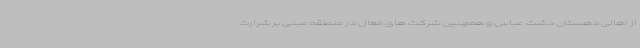
از اهالی دهستان دشت عباس و همچنین شرکت های فعال در منطقه مبنی بر شرارت